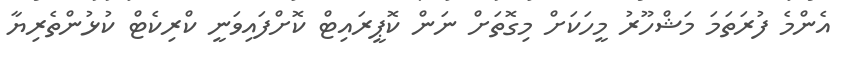
އެންމެ ފުރަތަމަ މަޝްހޫރު މީހަކަށް މިގޮތަށް ނަން ކޮޕީރައިޓް ކޮށްފައިވަނީ ކްރިކެޓް ކުޅުންތެރިޔާ